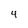
Character: 4